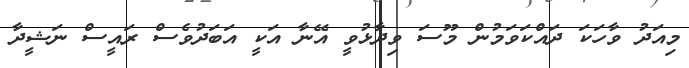
މިއަދު ވާހަކަ ދައްކަވަމުން މޫސަ ވިދާޅުވީ އޭނާ އަކީ އަބަދުވެސް ރައީސް ނަޝީދާ